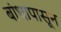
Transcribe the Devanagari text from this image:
बांधापासून